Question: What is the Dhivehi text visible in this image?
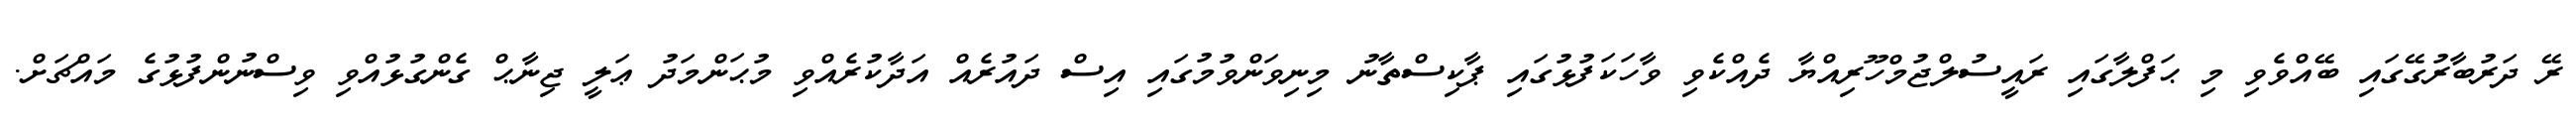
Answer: ރޭ ދަރުބާރުގޭގައި ބޭއްވެވި މި ޙަފްލާގައި ރައީސުލްޖުމްހޫރިއްޔާ ދެއްކެވި ވާހަކަފުޅުގައި ޕާކިސްތާނު މިނިވަންވުމުގައި އިސް ދައުރެއް އަދާކުރެއްވި މުޙަންމަދު ޢަލީ ޖިނާޙް ގެންގުޅުއްވި ވިސްނުންފުޅުގެ މައްޗަށް.